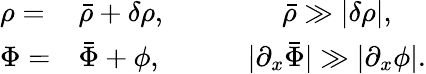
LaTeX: \begin{array}{llccc}{\rho=}&{\bar{\rho}+\delta\rho,}&{}&{}&{\bar{\rho}\gg|\delta\rho|,}\\ {\Phi=}&{\bar{\Phi}+\phi,}&{}&{}&{|\partial_{x}\bar{\Phi}|\gg|\partial_{x}\phi|.}\end{array}